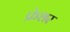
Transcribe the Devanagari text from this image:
फ्रेशर